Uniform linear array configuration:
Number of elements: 32
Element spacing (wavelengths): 0.25
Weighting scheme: cosine
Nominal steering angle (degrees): -15
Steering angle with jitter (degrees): -16.665
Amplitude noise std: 0.05
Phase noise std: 0.05

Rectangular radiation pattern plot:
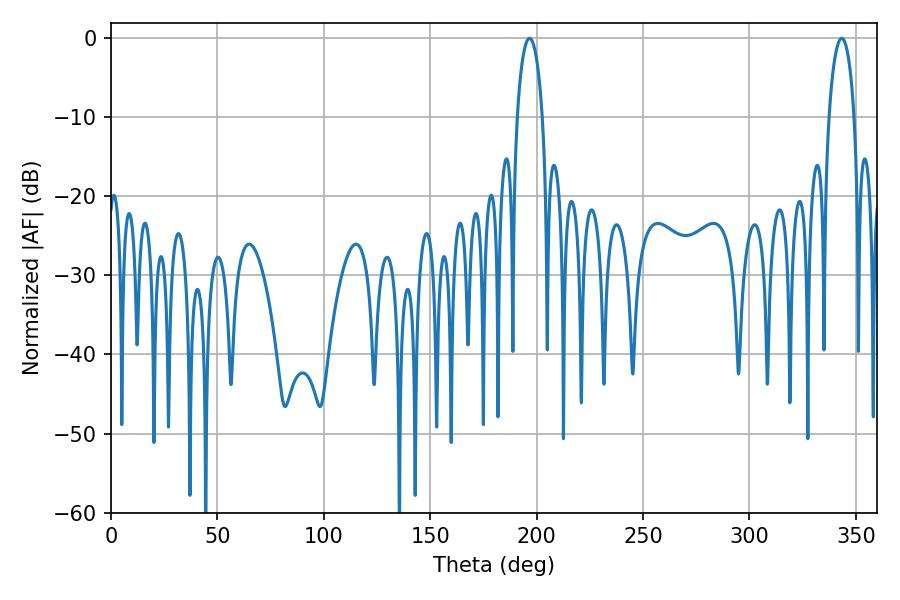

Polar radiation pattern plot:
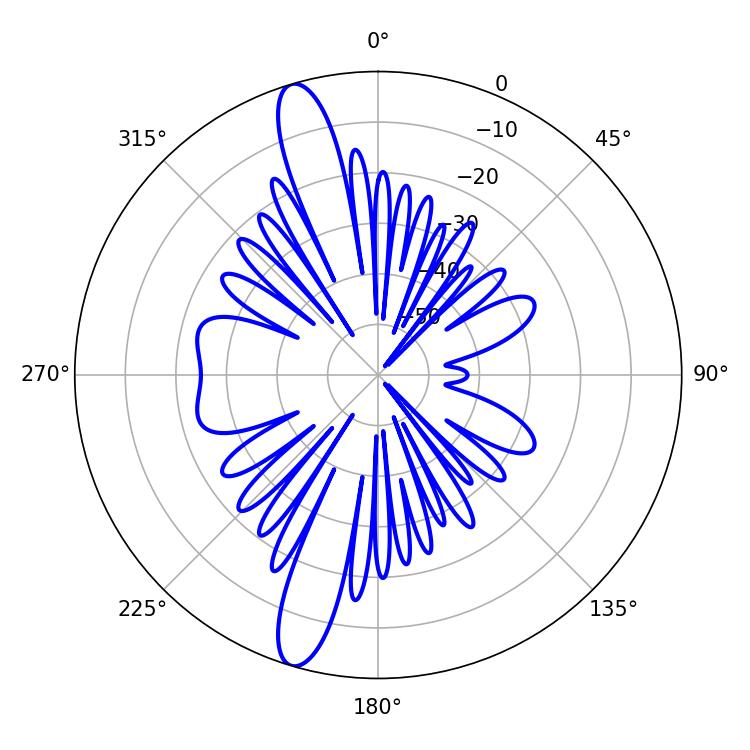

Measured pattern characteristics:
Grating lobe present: FALSE
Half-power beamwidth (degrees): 6.84
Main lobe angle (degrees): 196.74